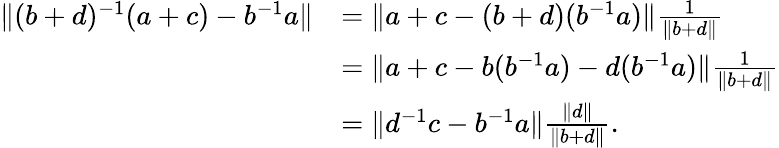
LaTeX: \begin{array}{rl}{\| (b+d)^{-1}(a+c)-b^{-1}a\| }&{=\| a+c-(b+d)(b^{-1}a)\| \frac{1}{\| b+d\| }}\\ &{=\| a+c-b(b^{-1}a)-d(b^{-1}a)\| \frac{1}{\| b+d\| }}\\ &{=\| d^{-1}c-b^{-1}a\| \frac{\| d\| }{\| b+d\| }.}\end{array}